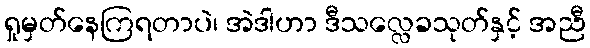
ရှုမှတ်နေကြရတာပဲ၊ အဲဒါဟာ ဒီသလ္လေခသုတ်နှင့် အညီ